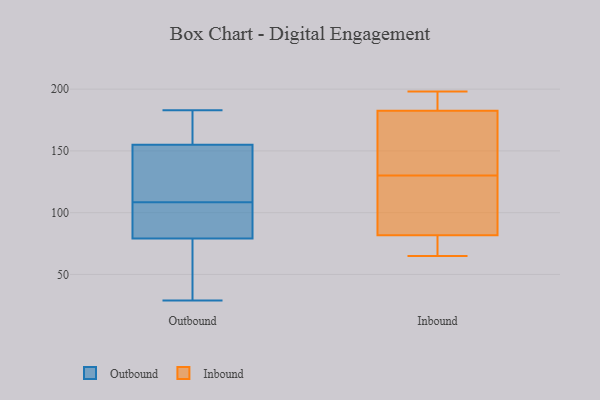
{"axis": {"x": "Inventory Turnover", "y": "Value"}, "legend": ["Inbound", "Outbound"], "data": [{"x": "", "y": 29, "type": "Outbound"}, {"x": "", "y": 105, "type": "Outbound"}, {"x": "", "y": 173, "type": "Outbound"}, {"x": "", "y": 79, "type": "Outbound"}, {"x": "", "y": 180, "type": "Outbound"}, {"x": "", "y": 183, "type": "Outbound"}, {"x": "", "y": 40, "type": "Outbound"}, {"x": "", "y": 125, "type": "Outbound"}, {"x": "", "y": 30, "type": "Outbound"}, {"x": "", "y": 112, "type": "Outbound"}, {"x": "", "y": 155, "type": "Outbound"}, {"x": "", "y": 104, "type": "Outbound"}, {"x": "", "y": 135, "type": "Outbound"}, {"x": "", "y": 82, "type": "Outbound"}, {"x": "", "y": 78, "type": "Inbound"}, {"x": "", "y": 129, "type": "Inbound"}, {"x": "", "y": 133, "type": "Inbound"}, {"x": "", "y": 76, "type": "Inbound"}, {"x": "", "y": 163, "type": "Inbound"}, {"x": "", "y": 130, "type": "Inbound"}, {"x": "", "y": 65, "type": "Inbound"}, {"x": "", "y": 189, "type": "Inbound"}, {"x": "", "y": 93, "type": "Inbound"}, {"x": "", "y": 198, "type": "Inbound"}, {"x": "", "y": 189, "type": "Inbound"}]}